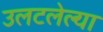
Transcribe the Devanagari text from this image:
उलटलेल्या